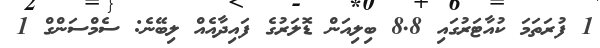
1 ފުރަތަމަ ކުއާޓަރުގައި 8.8 ބިލިއަން ޑޮލަރުގެ ފައިދާއެއް ލިބޭނެ: ސެމްސަންގް 1